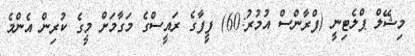
މިޝޭލް ޕްލެޓިނީ (ފްރާންސް އުމުރު:60) ފީފާގެ ރައީސްގެ މަގާމަށް މީގެ ކުރިން އެންމެ